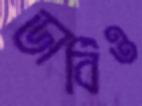
ডার্বিও